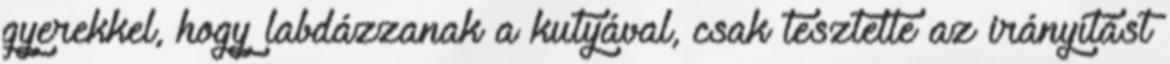
gyerekkel, hogy labdázzanak a kutyával, csak tesztelte az irányítást